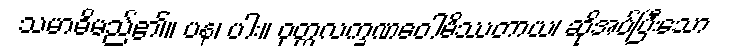
သမာဓိမည်၏။ ပန၊ ပါး။ ဝုတ္တလက္ခဏဝေါမိဿတာယ၊ ဆိုအပ်ပြီးသော